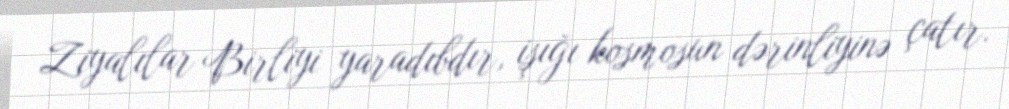
Ziyalılar Birliyi yaradıbdır, işığı kosmosun dərinliyinə çatır.